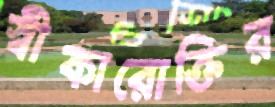
স্বীকারোক্তির